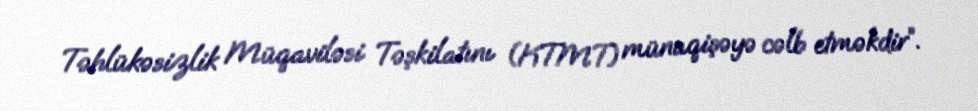
Təhlükəsizlik Müqaviləsi Təşkilatını (KTMT) münaqişəyə cəlb etməkdir”.